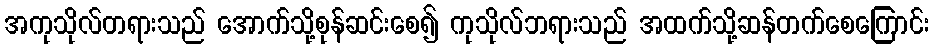
အကုသိုလ်တရားသည် အောက်သို့စုန်ဆင်းစေ၍ ကုသိုလ်ဘရားသည် အထက်သို့ဆန်တက်စေကြောင်း